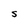
Character: S